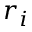
r _ { i }